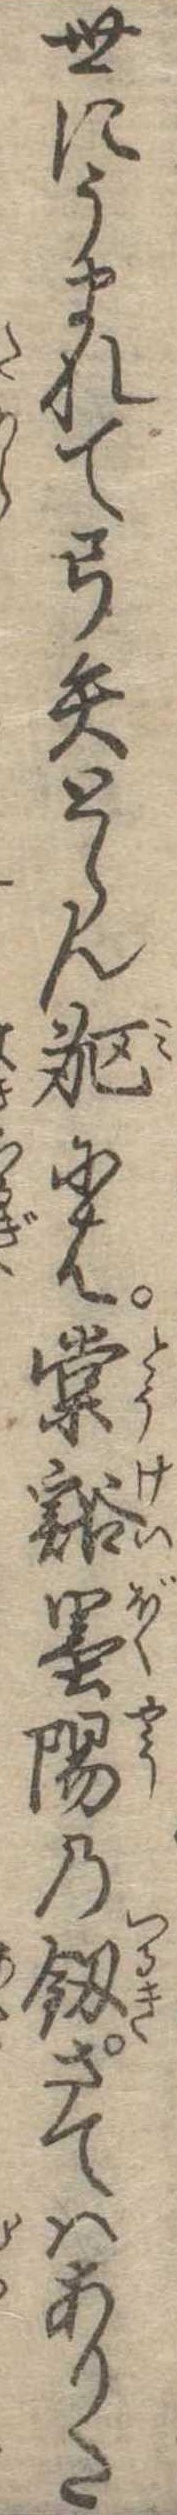
世にうまれて弓矢とらん躯には棠渓墨陽の剣さてはありた